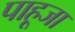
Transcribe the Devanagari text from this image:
पाहूजा